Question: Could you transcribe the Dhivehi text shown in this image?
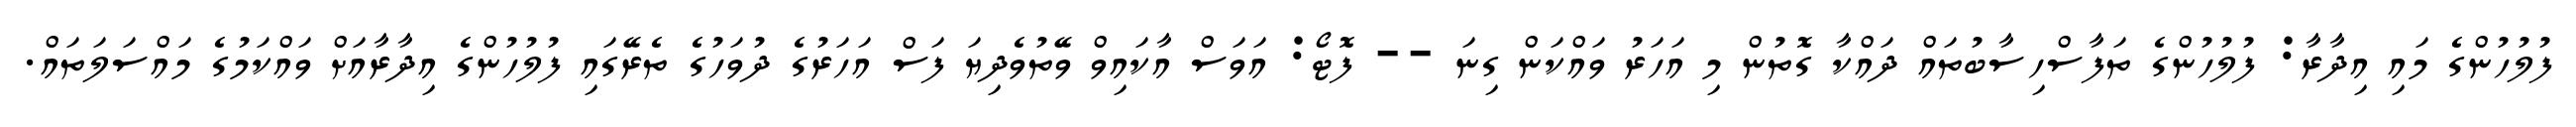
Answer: ފުލުހުންގެ މައި އިދާރާ: ފުލުހުންގެ ތަފާސްހިސާބުތައް ދައްކާ ގޮތުން މި އަހަރު ވައްކަން ގިނަ -- ފޮޓޯ: އަވަސް އާކައިވް ވޭތުވެދިޔަ ފަސް އަހަރުގެ ދުވަހުގެ ތެރޭގައި ފުލުހުންގެ އިދާރާއަށް ވައްކަމުގެ މައްސަލަތައް.